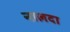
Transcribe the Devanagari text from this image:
नालदा